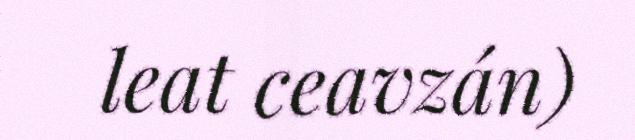
leat ceavzán)